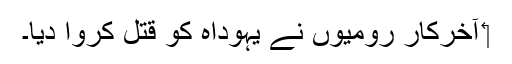
‏ آخرکار رومیوں نے یہوداہ کو قتل کروا دیا۔